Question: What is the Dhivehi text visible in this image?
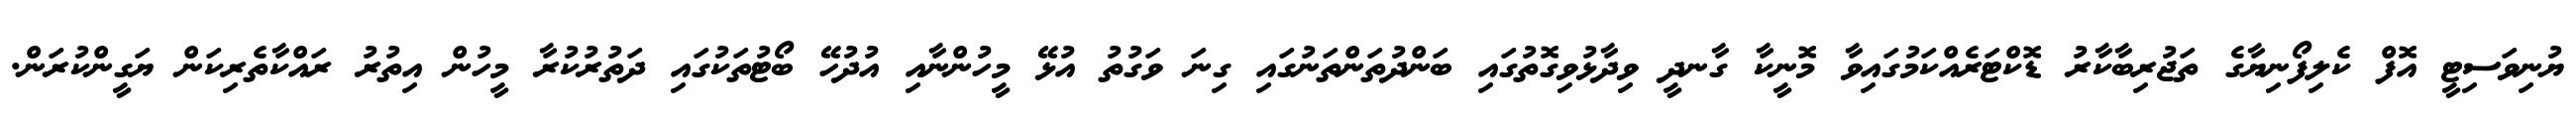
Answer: ޔުނިވަސިޓީ އޮފް ކެލިފޯނިޔާގެ ތަޖުރިބާކާރު ޑޮކްޓަރެއްކަމުގައިވާ މޮނީކާ ގާނދީ ވިދާޅުވިގޮތުގައި ބަންދުތަންތަނުގައި ގިނަ ވަގުތު އުޅޭ މީހުންނާއި އުދުހޭ ބޯޓުތަކުގައި ދަތުރުކުރާ މީހުން އިތުރު ރައްކާތެރިކަން ޔަގީންކުރަން.